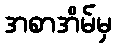
အစာအိမ်မှ